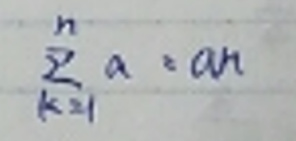
\[
\sum_{k = 1}^{n} a=an
\]